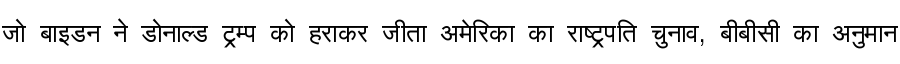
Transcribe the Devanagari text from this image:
जो बाइडन ने डोनाल्ड ट्रम्प को हराकर जीता अमेरिका का राष्ट्रपति चुनाव, बीबीसी का अनुमान